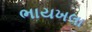
ભાયખલા